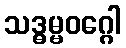
သဒ္ဓမ္မဝဂ္ဂေါ